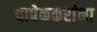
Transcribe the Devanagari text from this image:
चापेककरांना